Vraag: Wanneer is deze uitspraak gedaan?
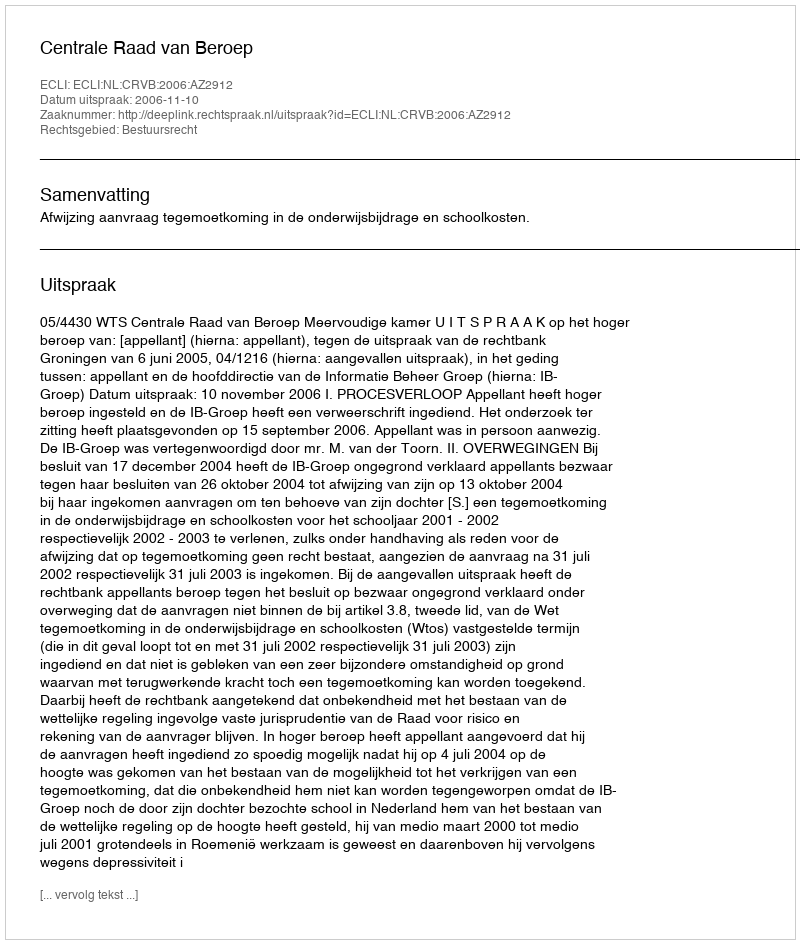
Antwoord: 2006-11-10